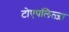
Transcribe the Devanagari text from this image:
टोएपलित्ज़ा